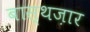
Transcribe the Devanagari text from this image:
बास्थज़ार